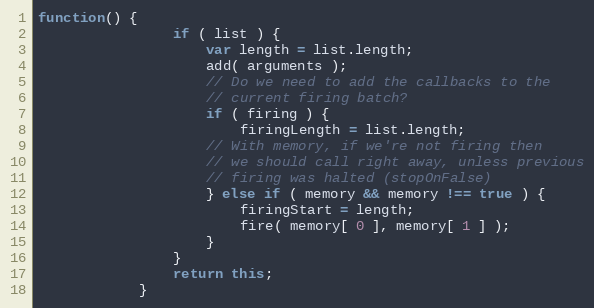
Language: JavaScript
function() {
				if ( list ) {
					var length = list.length;
					add( arguments );
					// Do we need to add the callbacks to the
					// current firing batch?
					if ( firing ) {
						firingLength = list.length;
					// With memory, if we're not firing then
					// we should call right away, unless previous
					// firing was halted (stopOnFalse)
					} else if ( memory && memory !== true ) {
						firingStart = length;
						fire( memory[ 0 ], memory[ 1 ] );
					}
				}
				return this;
			}